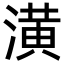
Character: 潢